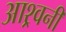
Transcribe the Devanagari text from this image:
आश्र्वनी